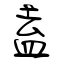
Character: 盍